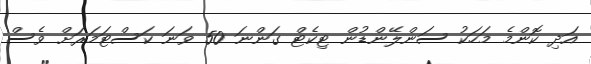
އަދި ކޮންމެ މަހަކު ސަންލޭންޑުން ޓިކެޓް ގަންނަ 50 ވަނަ ކަސްޓަމަރަށް ވެސް